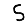
Digit: 5